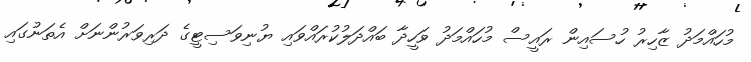
މުހައްމަދު ޒާހިރު ހުސައިން ރައީސް މުހައްމަދު ވަހީދާ ބައްދަލުކުރައްވައި ޔުނިވަސިޓީގެ ދަރިވަރުންނަށް އެތަނުގައި